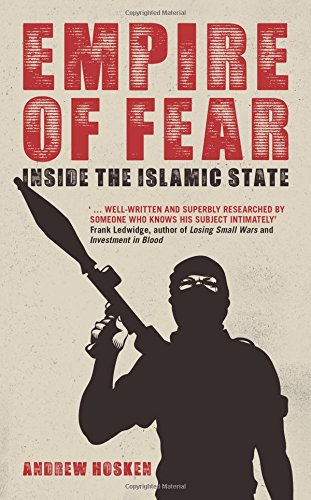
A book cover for Empire of Fear: Inside the Islamic State; Andrew Hosken; Religion & Spirituality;